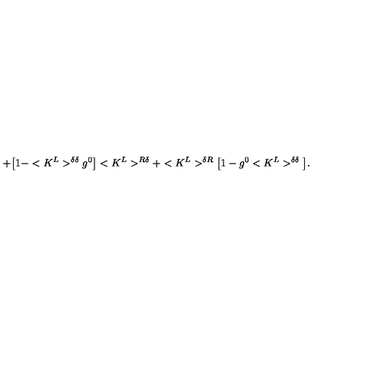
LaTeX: + \big [ 1 - < K ^ { L } > ^ { \delta \delta } g ^ { 0 } \big ] < K ^ { L } > ^ { R \delta } + < K ^ { L } > ^ { \delta R } \big [ 1 - g ^ { 0 } < K ^ { L } > ^ { \delta \delta } \big ] .